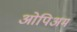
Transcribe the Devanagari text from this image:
ओपिअम